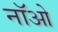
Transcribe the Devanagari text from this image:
नॉओ